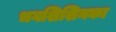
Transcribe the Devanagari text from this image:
भगशिशिनका